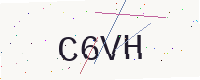
Text: C6VH